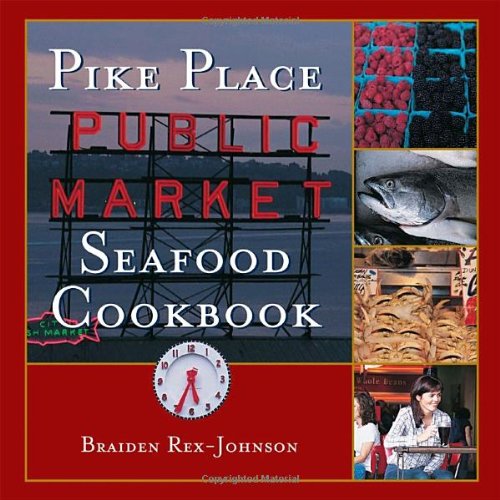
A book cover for Pike Place Public Market Seafood Cookbook; Braiden Rex-Johnson; Cookbooks, Food & Wine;